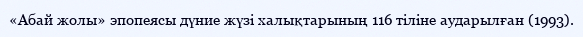
«Абай жолы» эпопеясы дүние жүзі халықтарының 116 тіліне аударылған (1993).